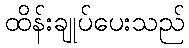
ထိန်းချုပ်ပေးသည်